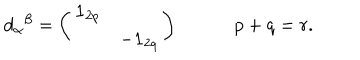
d _ { \alpha } { } ^ { \beta } = \left( \begin{matrix} { { { \bf { 1 } } _ { 2 p } } } & { { } } \\ { { } } & { { - { \bf { 1 } } _ { 2 q } } } \\ \end{matrix} \right) \qquad \quad p + q = r .